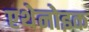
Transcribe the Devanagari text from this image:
एथेनोइक